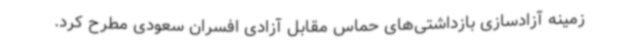
زمینه آزادسازی بازداشتی‌های حماس مقابل آزادی افسران سعودی مطرح کرد.